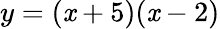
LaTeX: y=(\mathit{x}+5)(\mathit{x}-2)